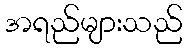
အရည်များသည်